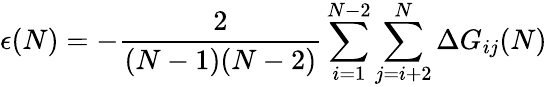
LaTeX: \epsilon(N)=-\frac{2}{(N-1)(N-2)}\sum_{i=1}^{N-2}\sum_{j=i+2}^{N}\Delta{G}_{ij}(N)